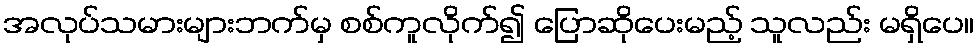
အလုပ်သမားများဘက်မှ စစ်ကူလိုက်၍ ပြောဆိုပေးမည့် သူလည်း မရှိပေ။